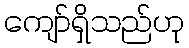
ကျော်ရှိသည်ဟု